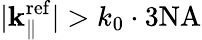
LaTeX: |{\mathbf k}_{\parallel}^{\mathrm{ref}}|>k_{0}\cdot 3\mathrm{NA}